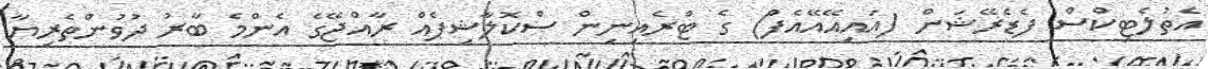
އެތުލެޓިކްސް ފެޑެރޭޝަން (އައިއޭއޭއެފް) ގެ ޓްރެއިނިން ސްކޮލާޝިޕެއް ރާއްޖޭގެ އެންމެ ބާރު ދުވުންތެރިޔާ